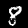
Label: 8